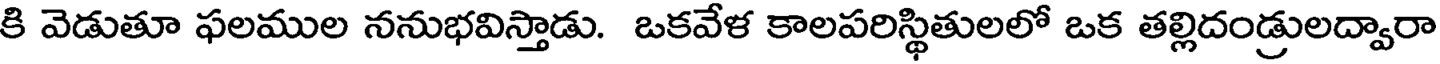
కి వెడుతూ ఫలముల ననుభవిస్తాడు. ఒకవేళ కాలపరిస్థితులలో ఒక తల్లిదండ్రులద్వారా